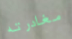
مغادرته